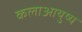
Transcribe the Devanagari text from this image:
कलाआयुष्य